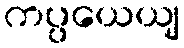
ကပ္ပယေယျ